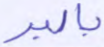
بالبر